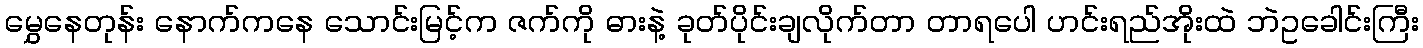
မွှေနေတုန်း နောက်ကနေ သောင်းမြင့်က ဇက်ကို ဓားနဲ့ ခုတ်ပိုင်းချလိုက်တာ တာရပေါ ဟင်းရည်အိုးထဲ ဘဲဥခေါင်းကြီး